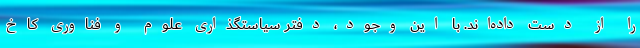
را از دست داده‌اند. با این وجود، دفتر سیاستگذاری علوم و فناوری کاخ